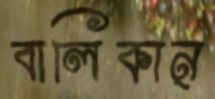
বালিকান্